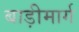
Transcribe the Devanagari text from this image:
बाड़ीमार्ग